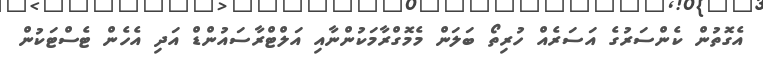
އެގޮތުން ކެންސަރުގެ އަސަރެއް ހުރިތޯ ބަލަން މެމޮގްރާމަކުންނާއި އަލްޓްރާސައުންޑް އަދި އެހެން ޓެސްޓަކުން